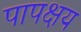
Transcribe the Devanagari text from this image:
पापक्षय